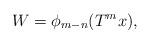
LaTeX: \begin{align*}W=\phi_{m-n}(T^mx),\end{align*}